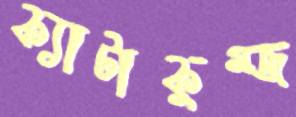
ক্যাটাকুম্জ